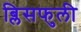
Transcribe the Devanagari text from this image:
ब्लिसफुली